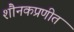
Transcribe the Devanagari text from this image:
शौनकप्रणीत